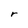
Character: r